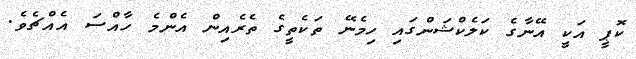
ކޮޕީ އަކީ އޭނާގެ ކަލެކްޝަންގައި ހިމެނޭ ތަކެތީގެ ތެރެއިން އެންމެ ހާއްސަ އެއްޗެވެ.